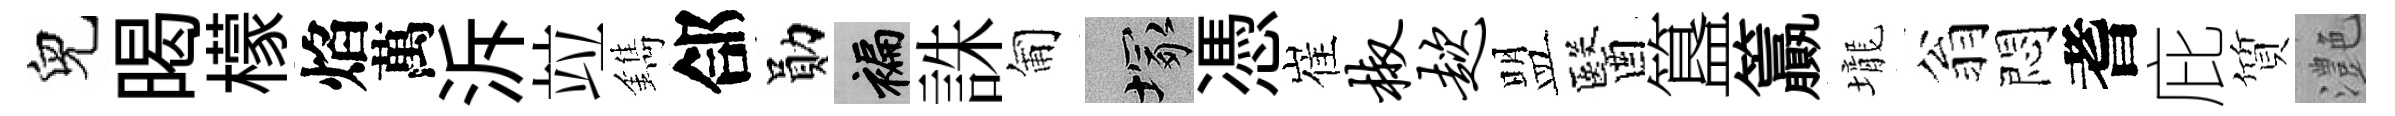
兒暍檬焰萬泝竝鐫郃勛褊誅匍塚憑崔椒趑盟醫簋籯壠翁悶耆庇質灔